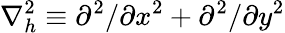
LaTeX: \nabla_{h}^{2}\equiv\partial^{2}/\partial x^{2}+\partial^{2}/\partial y^{2}